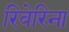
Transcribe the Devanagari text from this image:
रिवेरिना